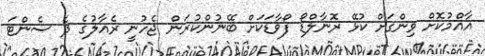
އާއްމުކޮށް ވިންގަށް ކުޅޭ ރޮނާލްޑޯ ފޯވާޑަކަށް ބޭނުންކުރަން ޖެހުނީ ރެއާލުގެ ދެ ސެންޓަ